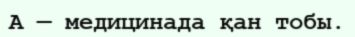
A — медицинада қан тобы.